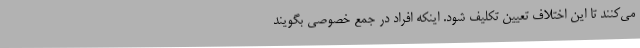
می‌کنند تا این اختلاف تعیین تکلیف شود. اینکه افراد در جمع خصوصی بگویند